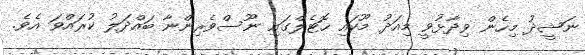
ނަޝީދު މިހެން ވިދާޅުވީ މިއަދު މޫކައި ހޮޓެލްގައި ނޫސްވެރިންނާ ބައްދަލު ކުރައްވަ އެވެ.